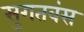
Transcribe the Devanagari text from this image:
सुगतवंस